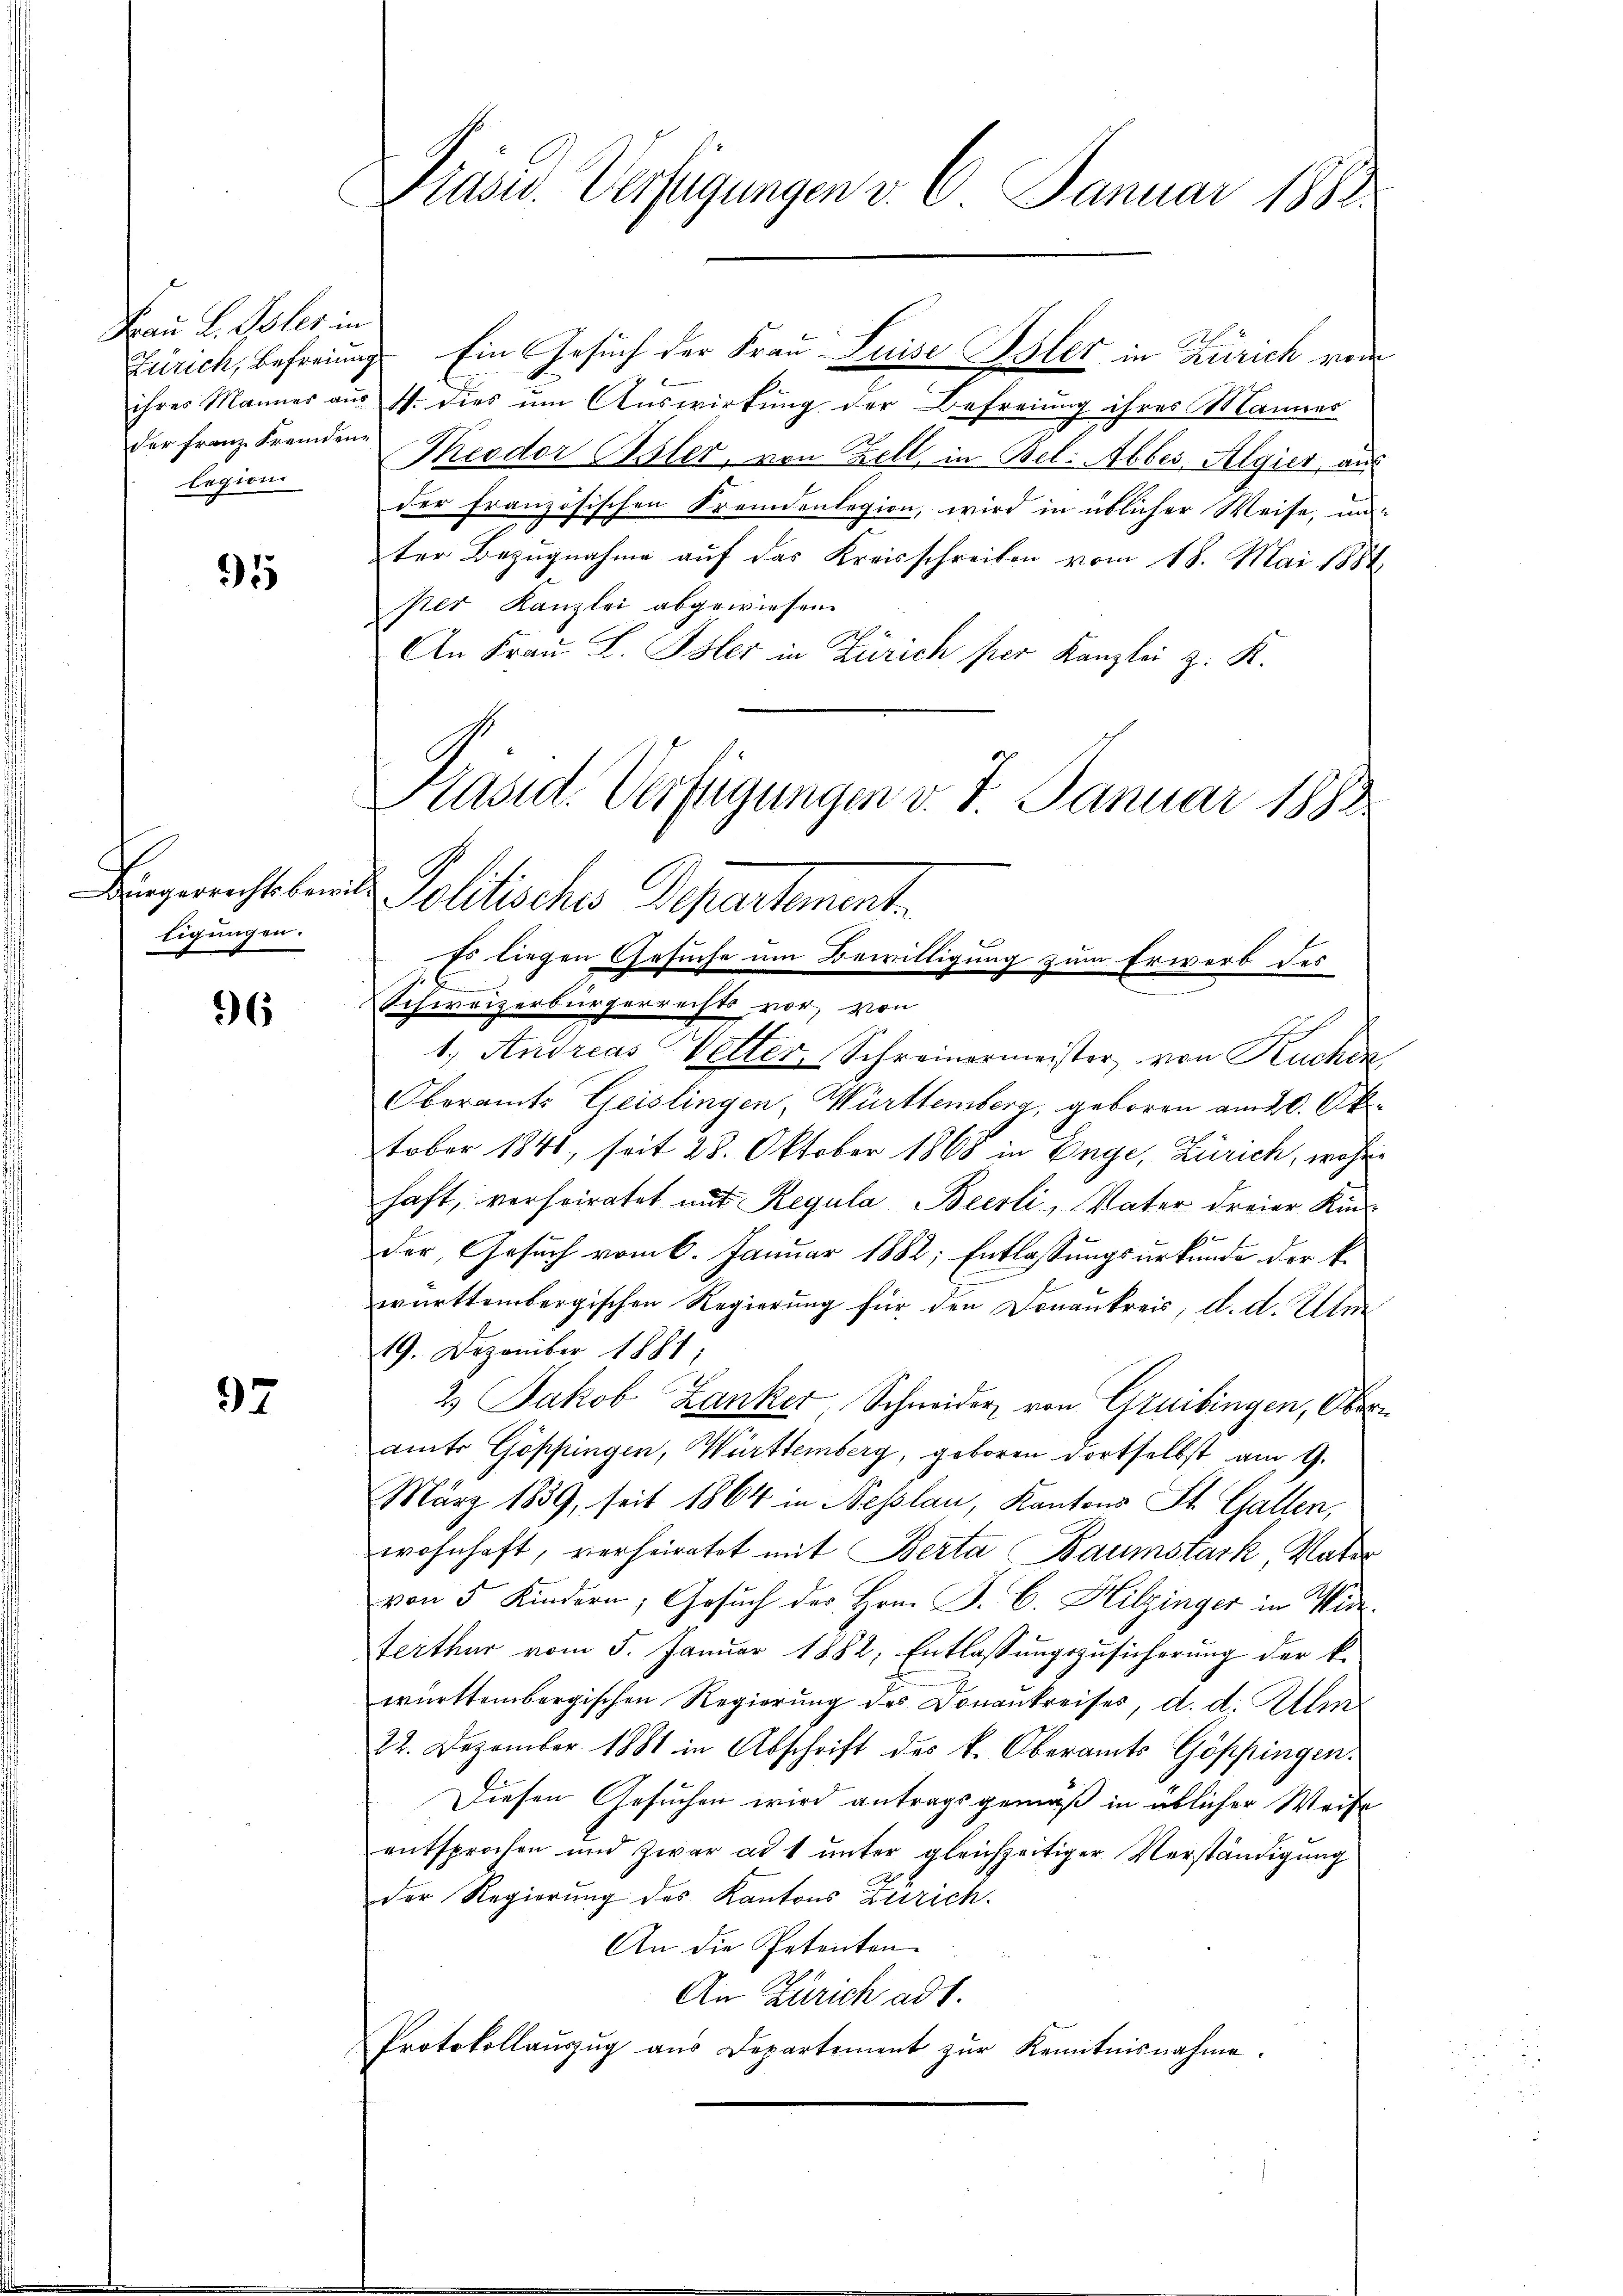
Frau L. Poler in
der Franz fremdenlegion

1

Bürgerrechtsbewill
ligungen.

36

97

Präsid. Verfügungen v. 6. Januar 1888

Zürich, Befreiung Ein Gesuch der Frau Luise Isler in Zürich vom
ihrer Mannes aŭs s. dies ŭm Aŭswirkŭng der Befreiung ihres Mannes
Theodor Bsler, von Zell, in Bel-Abbes Algier, aus
der französischen Fremdenlegion, wird in üblicher Weise, un-
ter Bezugnahme auf das Kreisschreiben vom 18. Mai 1884
per Kanzlei abgewiesen.
An Frau L. Isler in Zürich per Kanzlei z. K.
Präsid. Verfügungen v. J. Januar 1890
Solitische Departement.
Schweizerbürgerrechts vor, von
1.) Andreas Wetter, Schreinermeister, von Ruchen
Oberamts Geislingen, Württemberg, geboren am 20. Oktober 1848, seit 28. Oktober 1868 in Enge, Zürich, währe
haft, verheiratet mit Regula Beesli, Vater dreier Kin
E
der Gesuch vom 6. Januar 1882; Entlassungsurkunde der k.
württembergischen Regierung für den Donankreis, d. d. Un
19. Dezember 1881;
2.) Jakob Zanker Schneider von Cruibingen, Obern
amts Göppingen, Württemberg, geboren dortselbst am 9.
März 1839, seit 1864 in Nesslau, Kantons St. Gallen,
wohnhaft, verheiratet mit Berta Baumstark, Vater
von 5 Kindern, Gesŭch der Hrn. P. C. Hitzinger in Wide
terthur vom 5. Januar 1882, Entlassungszusicherung der k.
württembergischen Regierung des Donaukreises, d. d. Ali
22. Dezember 1881 in Abschrift des k. Oberamts Göppingen.
Diesen Gesuchen wird antragsgemäß in üblicher Weise
entsprochen und zwar ad 1 ŭnter gleichzeitiger Verständigung
der Regierung des Kantons Zürich.
An die Petenten
An Zürich ad 1.
Protokollaŭszŭg ans Departement zŭr Kenntnisnahme.

Es liegen Gesuche um Bewilligung zum Erwerb des